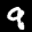
Label: 9